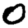
Digit: 0